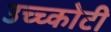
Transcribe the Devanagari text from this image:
उच्च्कोटी